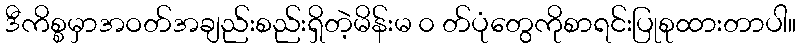
ဒီကိစ္စမှာအဝတ်အချည်းစည်းရှိတဲ့မိန်းမ ၀ တ်ပုံတွေကိုစာရင်းပြုစုထားတာပါ။